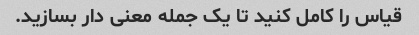
قیاس را کامل کنید تا یک جمله معنی دار بسازید.